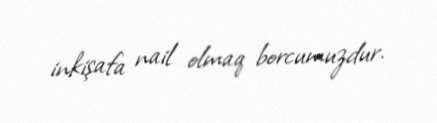
inkişafa nail olmaq borcumuzdur.